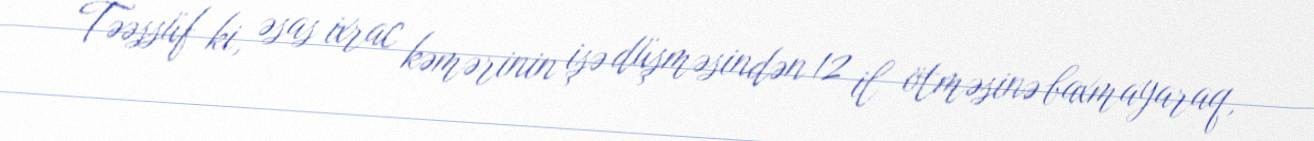
Təəssüf ki, əsas ixrac kəmərinin işə düşməsindən 12 il ötməsinə baxmayaraq,